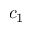
c _ { 1 }